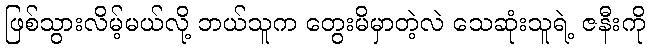
ဖြစ်သွားလိမ့်မယ်လို့ ဘယ်သူက တွေးမိမှာတဲ့လဲ သေဆုံးသူရဲ့ ဇနီးကို